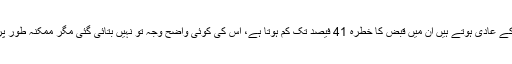
چاولایک تحقیق کے مطابق جو لوگ زیادہ چاول کھانے کے عادی ہوتے ہیں ان میں قبض کا خطرہ 41 فیصد تک کم ہوتا ہے، اس کی کوئی واضح وجہ تو نہیں بتائی گئی مگر ممکنہ طور پر چاول میں موجود فائبر اس حوالے سے مددگار ہوتا ہے۔